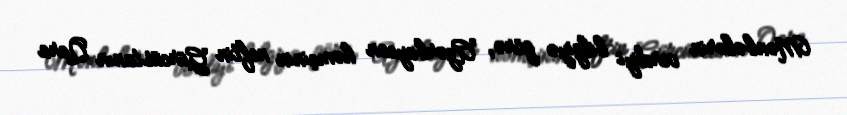
Mənbələrin verdiyi bilgiyə görə, Azərbaycan həmçinin neftin Gürcüstanın Qara